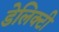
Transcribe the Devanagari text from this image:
डेलिक्टी